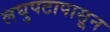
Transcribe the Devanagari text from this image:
लघुपटापासून